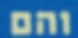
והם